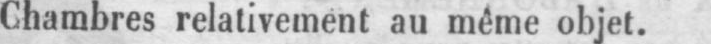
Chambres relativement au même objet.